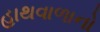
હાથવાળાનો